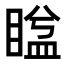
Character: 𥈕